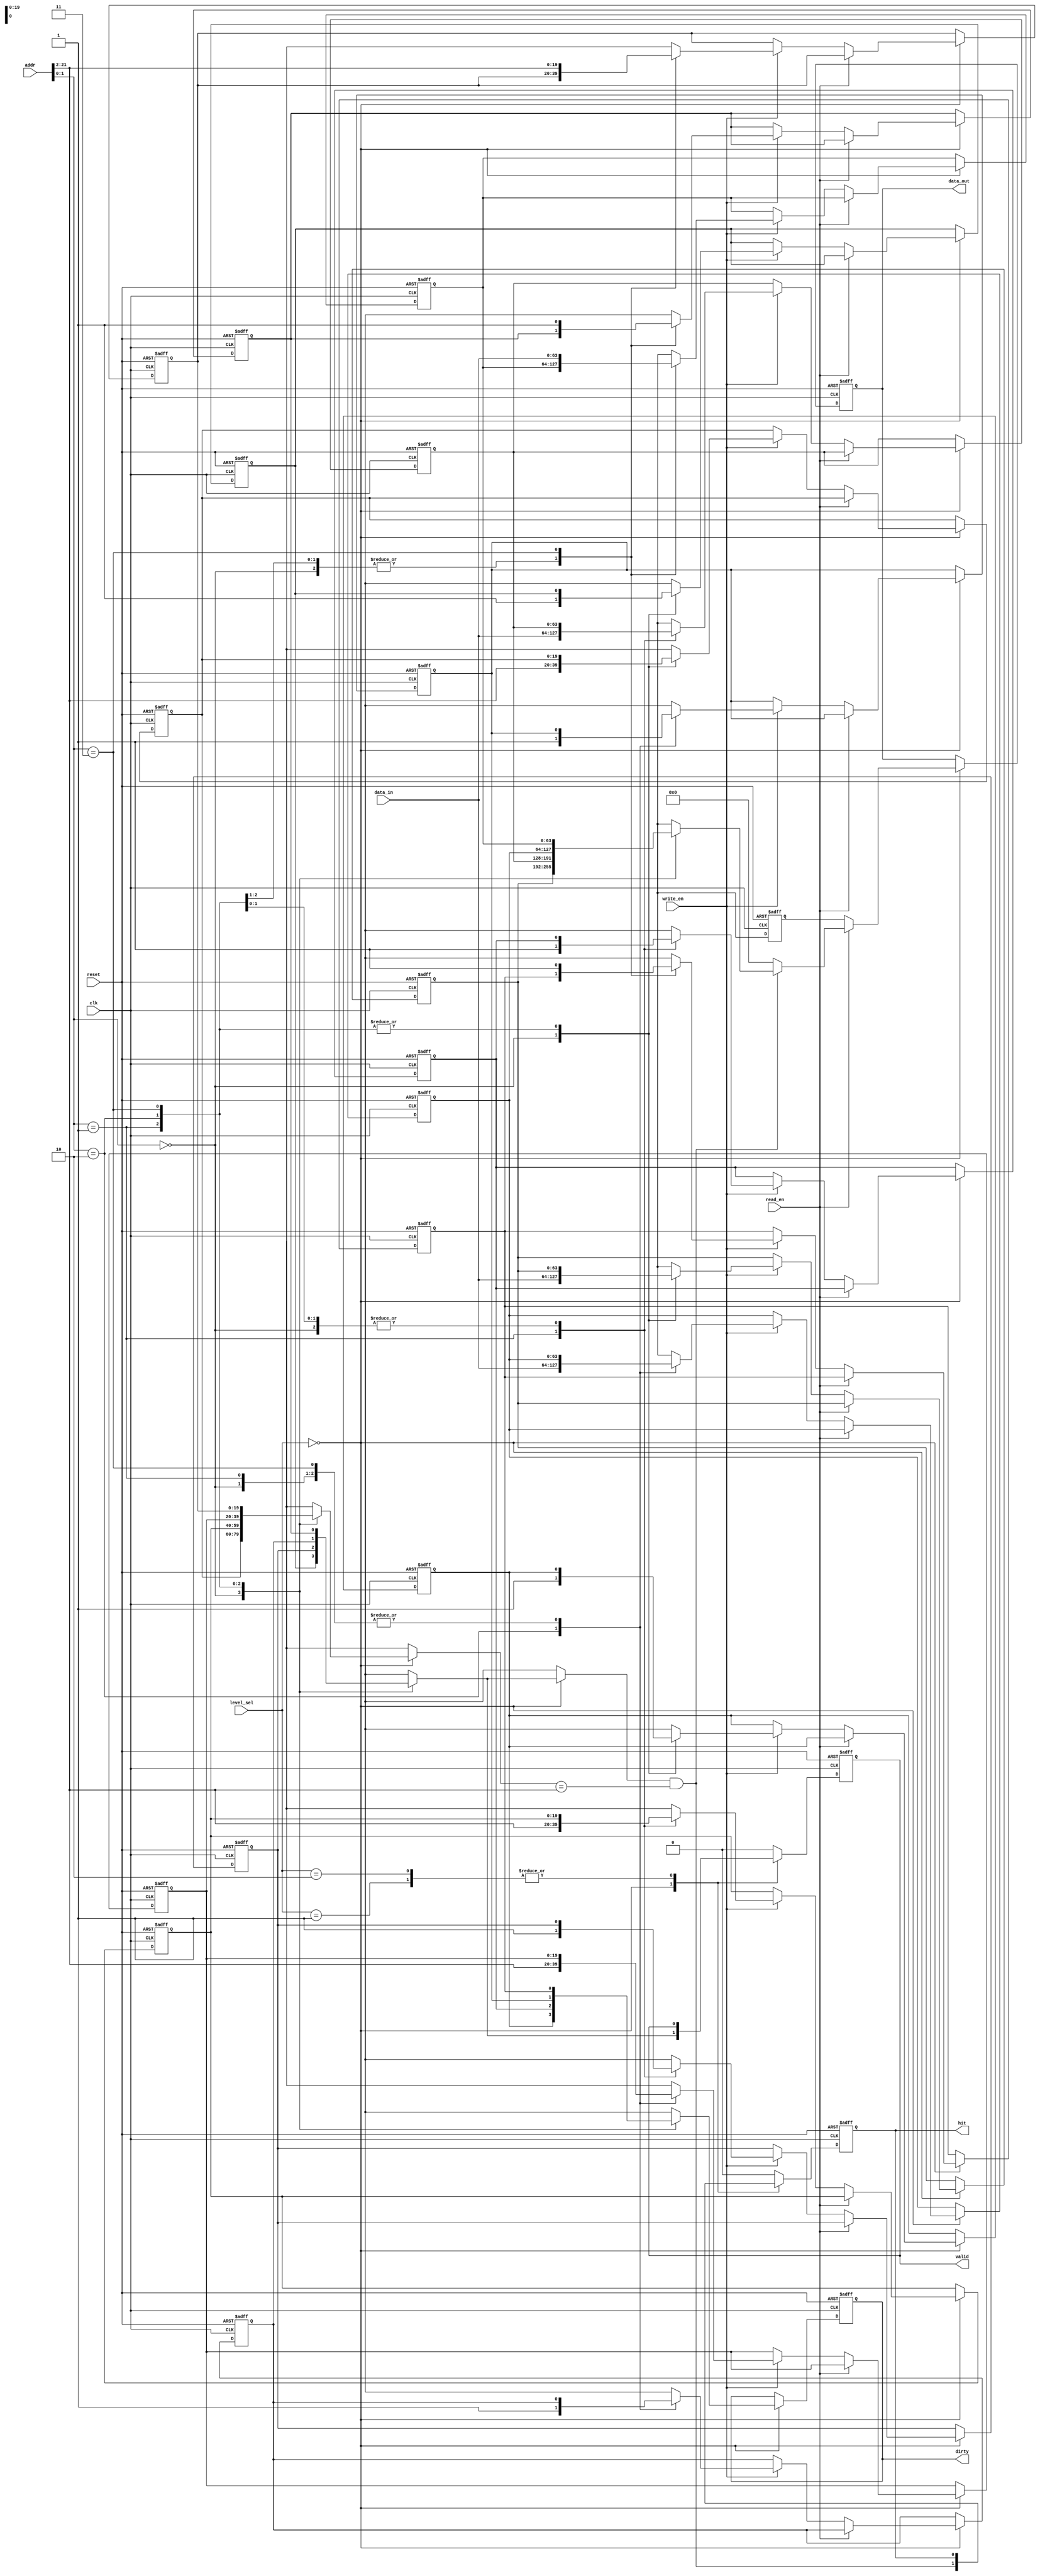
module multi_level_cache (
    input wire clk,
    input wire reset,
    input wire [31:0] addr,       // Address for read/write operations
    input wire [63:0] data_in,    // Data input for writing
    input wire read_en,           // Read enable
    input wire write_en,          // Write enable
    input wire [1:0] level_sel,   // Cache level select (00: L1, 01: L2, 10: L3)
    output reg [63:0] data_out,   // Data output for read operations
    output reg hit,               // Hit/miss indicator
    output reg valid,             // Valid signal for data output
    output reg dirty              // Dirty bit indicator
);

    // Cache line structure
    localparam LINE_SIZE = 64;
    localparam NUM_LINES = 4; // Number of cache lines in each level
    localparam TAG_WIDTH = 20; // Example tag width
    localparam INDEX_WIDTH = 2; // Example index width

    // Cache line structure
    reg [TAG_WIDTH-1:0] tag [NUM_LINES-1:0];
    reg [LINE_SIZE-1:0] data [NUM_LINES-1:0];
    reg valid_bit [NUM_LINES-1:0];
    reg dirty_bit [NUM_LINES-1:0];

    integer i;

    // Initializing cache on reset
    always @(posedge clk or posedge reset) begin
        if (reset) begin
            for (i = 0; i < NUM_LINES; i = i + 1) begin
                valid_bit[i] <= 0;
                dirty_bit[i] <= 0;
                tag[i] <= 0;
                data[i] <= 0;
            end
            data_out <= 0;
            hit <= 0;
            valid <= 0;
            dirty <= 0;
        end else begin
            // Cache operations
            case (level_sel)
                2'b00: // L1 Cache
                    perform_cache_operation(addr, data_in, read_en, write_en, hit, valid, dirty, data_out);
                2'b01: // L2 Cache
                    // Add L2 cache operation handling here
                    ;
                2'b10: // L3 Cache
                    // Add L3 cache operation handling here
                    ;
                default: begin
                    hit <= 0;
                    valid <= 0;
                end
            endcase
        end
    end

    // Function to perform read/write operations
    task perform_cache_operation(
        input [31:0] addr,
        input [63:0] data_in,
        input read_en,
        input write_en,
        output reg hit,
        output reg valid,
        output reg dirty,
        output reg [63:0] data_out
    );
        integer line_index;
        reg [TAG_WIDTH-1:0] current_tag;
        reg [INDEX_WIDTH-1:0] index;
        
        // Simple indexing logic
        index = addr[INDEX_WIDTH-1:0]; // Extract index from address
        current_tag = addr[31:INDEX_WIDTH]; // Extract tag from address

        hit = valid_bit[index] && (tag[index] == current_tag);
        valid = valid_bit[index];
        dirty = dirty_bit[index];

        if (read_en) begin
            if (hit) begin
                data_out = data[index]; // Output the data if hit
            end else begin
                // Handle cache miss (e.g., fetch from next level or memory)
                data_out = 64'b0; // Placeholder for missing data
            end
        end else if (write_en) begin
            data[index] = data_in; // Write data to cache
            valid_bit[index] = 1;   // Set valid bit
            dirty_bit[index] = 1;   // Set dirty bit
            tag[index] = current_tag; // Update the tag
        end
    endtask
endmodule